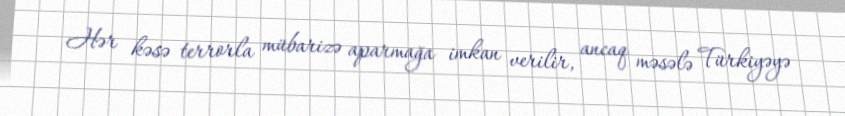
Hər kəsə terrorla mübarizə aparmağa imkan verilir, ancaq məsələ Türkiyəyə